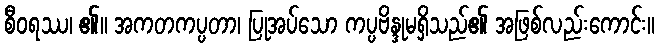
စီဝရဿ၊ ၏။ အကတကပ္ပတာ၊ ပြုအပ်သော ကပ္ပဗိန္ဒုမရှိသည်၏ အဖြစ်လည်းကောင်း။